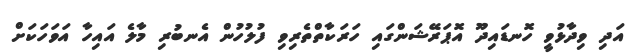
އަދި ވިދާޅުވީ ހޮނޑައިދޫ އޮޕަރޭޝަންގައި ހަރަކާތްތެރިވި ފުލުހުން އެނބުރި މާލެ އައިހާ އަވަހަކަށް